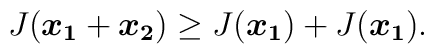
J(\mbox{\boldmath $x_1$}+\mbox{\boldmath $x_2$}) \ge J(\mbox{\boldmath $x_1$})+J(\mbox{\boldmath $x_1$}).